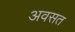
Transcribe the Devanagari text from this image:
अवसत